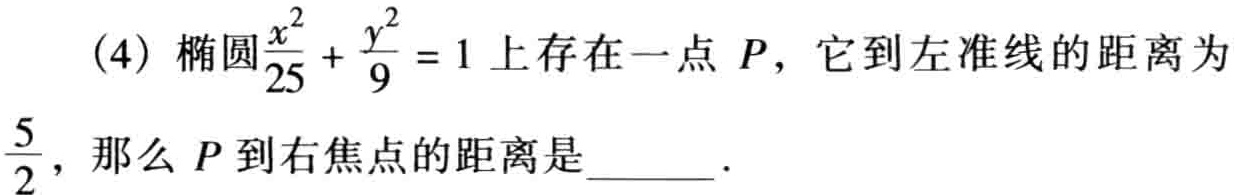
(4) 椭圆$\frac{x^{2}}{25}+\frac{y^{2}}{9}=1$上存在一点$P$，它到左准线的距离为$\frac{5}{2}$，那么$P$到右焦点的距离是  ．